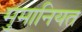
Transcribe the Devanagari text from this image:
मुमानियत